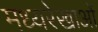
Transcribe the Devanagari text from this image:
मध्यरेखाओं